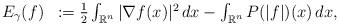
LaTeX: \begin{align*}\begin{array}{ll}E_{\gamma}(f) & := \frac{1}{2} \int_{\mathbb{R}^{n}} |\nabla f(x)|^{2} \, dx - \int_{\mathbb{R}^{n}} P(|f|)(x) \, dx,\end{array}\end{align*}